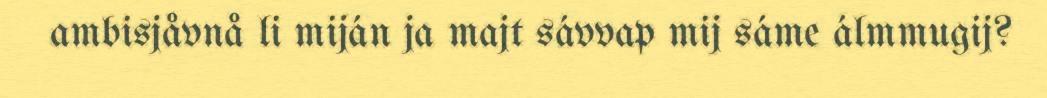
ambisjåvnå li miján ja majt sávvap mij sáme álmmugij?